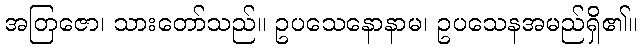
အတြဇော၊ သားတော်သည်။ ဥပသေနောနာမ၊ ဥပသေနအမည်ရှိ၏။